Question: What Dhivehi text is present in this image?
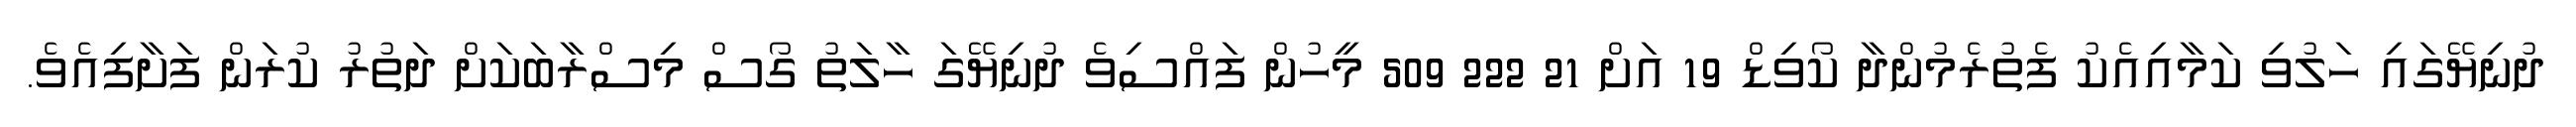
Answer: ދުނިޔޭގައި ހަލުވި ކަމާއިއެކު ފެތުރެމުންދާ ކޯވިޑް 19 އަށް 21 222 509 މީހުން ފައްސިވެ ދުނިޔޭގަ ހާލަތު ގޯސް މިސްރާބަކަށް ދަތުރު ކުރަން ފަށާފިއެވެ.